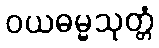
ဝယဓမ္မသုတ္တံ